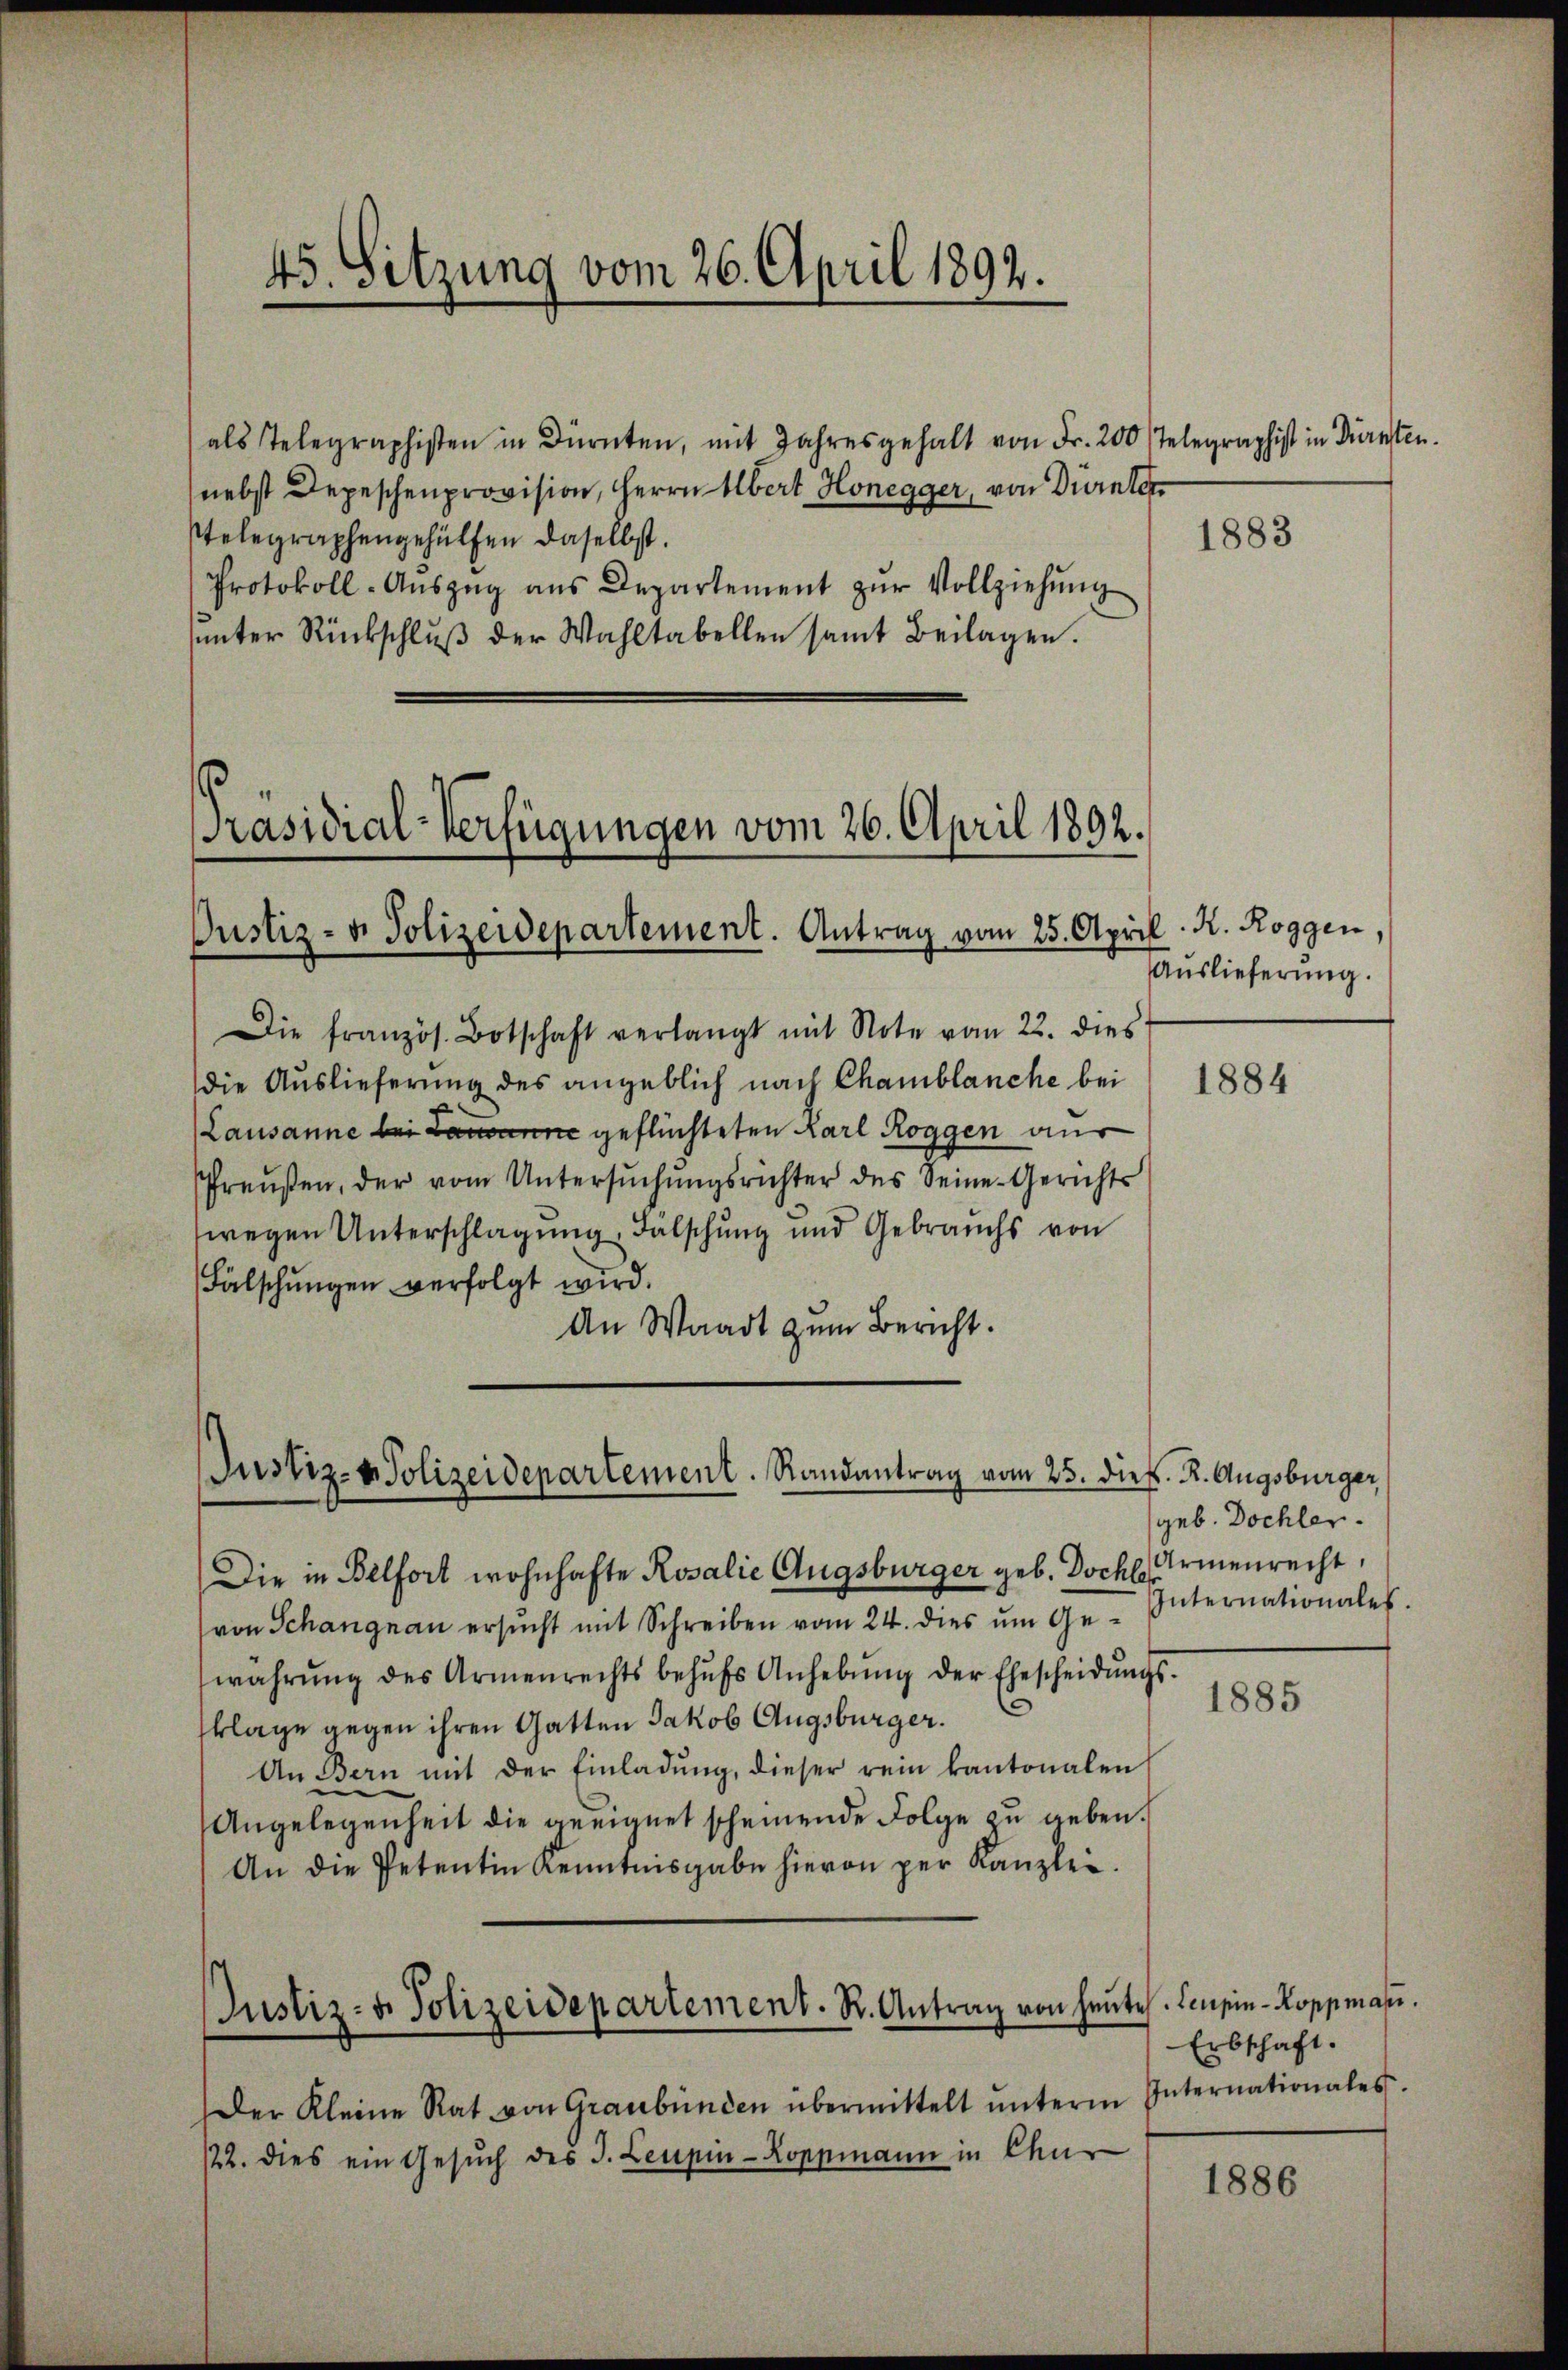
als Telegraphisten in Dürnten, mit Jahresgehalt von Fr. 200 Telegraphist in Dürnten.
nebst Depeschenprovision, Herrn Abert Honegger, von Dürnter
Telegraphengehülfen daselbst.
Protokoll-Aŭszŭg ans Departement zŭr Vollziehŭng
ŭnter Rückschlŭβ der Wahltabellen samt Beilagen.

45. Sitzung vom 26. April 1892.

Präsidial-Verfügungen vom 26. April 1892.
Justiz- u. Polizeidepartement. Antrag vom 25. April

Die französ. Botschaft verlangt mit Note vom 22. dies
die Auslieferung des angeblich nach Chamblanche bei
Lausanne bei Lausanne geflüchteten Karl Roggen aus
Preŭβen, der vom Untersŭchŭngsrichter des Seine Gerichts
wegen Unterschlagung, Fälschung und Gebrauchs von
Fälschungen verfolgt wird.
An Waadt zum Bericht.

Justiz- & Polizeidepartement. Randantrag vom 25. dies. R. Augsburger,

Die in Belfort wohnhafte Rosalie Augsburger geb. Doch einenrecht,
von Schangnau ersŭcht mit Schreiben vom 24. dies ŭm Ge- Internationales.
wahrŭng des Armenrechts behŭfs Anhebŭng der Ehescheidŭngs-
.
klage gegen ihren Gatten Jakob Augsburger.
An Bern mit der Einladŭng, dieser rein kantonalen
Angelegenheit die geeignet scheinende Folge zu geben.
An die Petentin Kenntnisgabe hievon per Kanzlei.

Justiz- & Polizeidepartement. R. Antrag von heute

Der Kleine Rat von Graubünden übermittelt ŭnterm Internationales
/22. dies ein Gesŭch des J. Leupin-Zoppmann in Chu

1883

K. K. Roggen,
Auslieferung.

1884

geb. Dochler.

1885

.Leupin-Roppmann.
Erbschaft.

1886